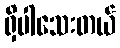
ရှိပါသေးတယ်